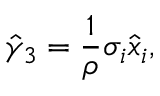
\hat { \gamma } _ { 3 } = \frac { 1 } { \rho } \sigma _ { i } \hat { x } _ { i } ,